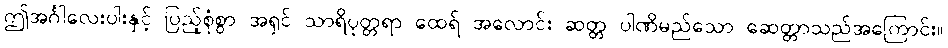
ဤအင်္ဂါလေးပါးနှင့် ပြည့်စုံစွာ အရှင် သာရိပုတ္တရာ ထေရ် အလောင်း ဆတ္တ ပါဏိမည်သော ဆေတ္တာသည်အကြောင်း။